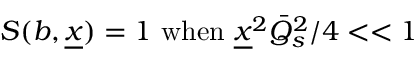
S ( \b { b } , \underline { { { x } } } ) = 1 \ \mathrm { w h e n } \ \underline { { { x } } } ^ { 2 } \bar { Q } _ { s } ^ { 2 } / 4 < < 1